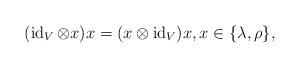
LaTeX: \begin{align*}(\operatorname{id}_V\otimes x)x=(x\otimes\operatorname{id}_V)x,x\in\{\lambda,\rho\},\end{align*}